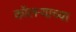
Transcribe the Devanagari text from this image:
कॉलऱ्याच्या